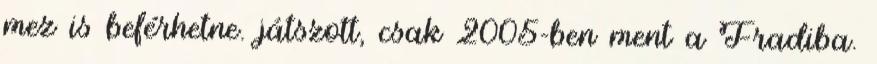
mez is beférhetne. játszott, csak 2005-ben ment a Fradiba.